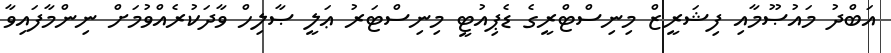
އަބްދު މައުޞޫމާއި ފިޝަރީޒް މިނިސްޓްރީގެ ޑެޕިއުޓީ މިނިސްޓަރު ޢަލީ ޞާލިހް ވާދަކުރެއްވުމަށް ނިންމާފައިވާ